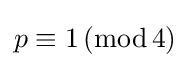
p\equiv 1\,({\text{mod}}\,4)